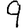
Digit: 9